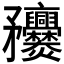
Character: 𥎥